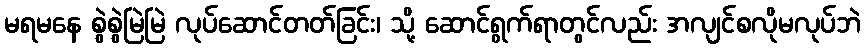
မရမနေ စွဲစွဲမြဲမြဲ လုပ်ဆောင်တတ်ခြင်း၊ သို့ ဆောင်ရွက်ရာတွင်လည်း အလျင်စလိုမလုပ်ဘဲ